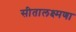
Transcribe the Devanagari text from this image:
सीतालक्ष्मणा